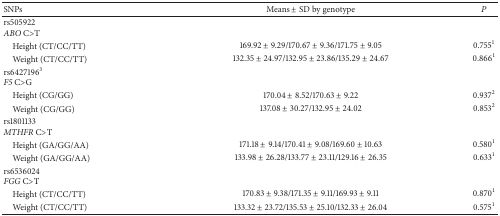
<table><thead><tr><td><b>SNPs</b></td><td><b>Means ± SD by genotype</b></td><td><b><i>P</i></b></td></tr></thead><tbody><tr><td>rs505922 <i>ABO </i>C&gt;T</td><td> </td><td> </td></tr><tr><td> Height (CT/CC/TT)</td><td>169.92 ± 9.29/170.67 ± 9.36/171.75 ± 9.05</td><td>0.755<sup>1</sup></td></tr><tr><td> Weight (CT/CC/TT)</td><td>132.35 ± 24.97/132.95 ± 23.86/135.29 ± 24.67</td><td>0.866<sup>1</sup></td></tr><tr><td>rs6427196<sup>3</sup> <i>F5</i> C&gt;G</td><td> </td><td> </td></tr><tr><td> Height (CG/GG)</td><td>170.04 ± 8.52/170.63 ± 9.22</td><td>0.937<sup>2</sup></td></tr><tr><td> Weight (CG/GG)</td><td>137.08 ± 30.27/132.95 ± 24.02</td><td>0.853<sup>2</sup></td></tr><tr><td>rs1801133 <i>MTHFR </i>C&gt;T</td><td> </td><td> </td></tr><tr><td> Height (GA/GG/AA)</td><td>171.18 ± 9.14/170.41 ± 9.08/169.60 ± 10.63</td><td>0.580<sup>1</sup></td></tr><tr><td> Weight (GA/GG/AA)</td><td>133.98 ± 26.28/133.77 ± 23.11/129.16 ± 26.35</td><td>0.633<sup>1</sup></td></tr><tr><td>rs6536024 <i>FGG</i> C&gt;T</td><td> </td><td> </td></tr><tr><td> Height (CT/CC/TT)</td><td>170.83 ± 9.38/171.35 ± 9.11/169.93 ± 9.11</td><td>0.870<sup>1</sup></td></tr><tr><td> Weight (CT/CC/TT)</td><td>133.32 ± 23.72/135.53 ± 25.10/132.33 ± 26.04</td><td>0.575<sup>1</sup></td></tr></tbody></table>